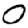
Digit: 0